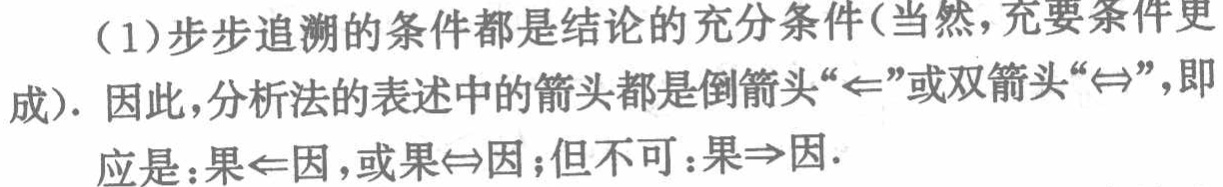
（1）步步追溯的条件都是结论的充分条件(当然，充要条件更

成). 因此，分析法的表述中的箭头都是倒箭头“$\Leftarrow$”或双箭头“$\Leftrightarrow$”，即

应是：果$\Leftarrow$因，或果$\Leftrightarrow$因；但不可：果$\Rightarrow$因.